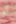
أو